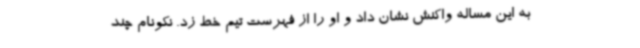
به این مساله واکنش نشان داد و او را از فهرست تیم خط زد. نکونام چند